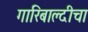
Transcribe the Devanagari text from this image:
गारिबाल्दीचा